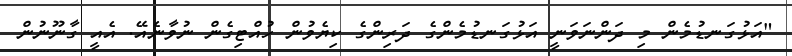
"އަޅުގަނޑުމެން މި ދަންނަވަނީ އަޅުގަނޑުމެންގެ ދަރިންގެ ކިޔެވުން ހުއްޓިގެން ނުވާނެއޭ. އެއީ ގާނޫނުން